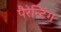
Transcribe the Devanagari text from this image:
पैरेन्टिंग